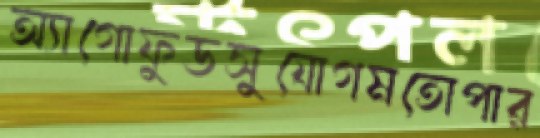
অ্যাগোফুডসুযোগমতোপার